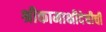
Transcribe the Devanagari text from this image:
श्रीकामाक्षीदेचीची